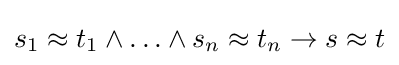
s_{1}\approx t_{1}\land \ldots \land s_{n}\approx t_{n}\rightarrow s\approx t